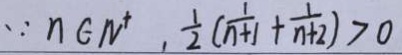
\because n \in N ^ { + } , \frac { 1 } { 2 } ( \frac { 1 } { n + 1 } + \frac { 1 } { n + 2 } ) > 0